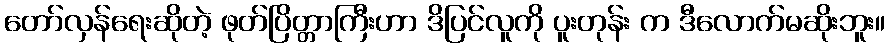
တော်လှန်ရေးဆိုတဲ့ ဖုတ်ပြိတ္တာကြီးဟာ ဒိပြင်လူကို ပူးတုန်း က ဒီလောက်မဆိုးဘူး။